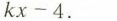
k x - 4.$$